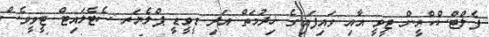
ފެލްޓްސްކްރީން ޓީވީ އާއި ވައިފައިގެ ޚިދުމަތް އަދި ޑީވީޑީ ޕްލެޔަރ ސެޓެލައިޓް ޓީވީވެސް